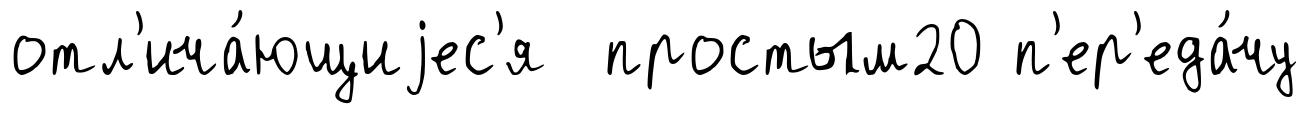
отл'ича́ющиjес'я простым20 п'ер'еда́чу